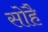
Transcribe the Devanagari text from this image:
सोहै